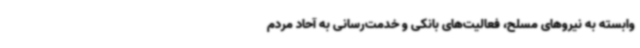
وابسته به نیروهای مسلح، فعالیت‌های بانکی و خدمت‌رسانی به آحاد مردم